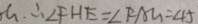
G . \therefore \angle F H E = \angle F A G = 4 5